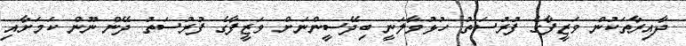
ދާއިރާތަކުން ވަޒީފާގެ ފުރުސަތު ހުޅުވާލަނީ ބިދޭސީންނަށް ވަޒީފާގެ ފުރުސަތު ދޭން ނޫން ކަމަށާއި